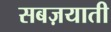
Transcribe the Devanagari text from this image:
सबज़याती